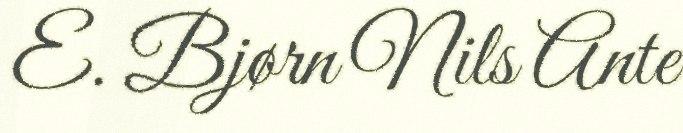
E. Bjørn Nils Ante